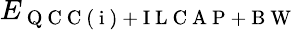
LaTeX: E_{\mathrm{~Q~C~C~(~i~)~+~I~L~C~A~P~+~B~W~}}